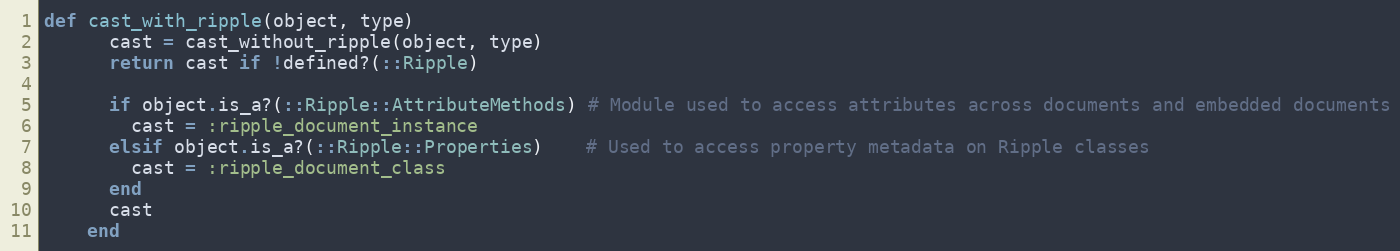
Language: Ruby
def cast_with_ripple(object, type)
      cast = cast_without_ripple(object, type)
      return cast if !defined?(::Ripple)

      if object.is_a?(::Ripple::AttributeMethods) # Module used to access attributes across documents and embedded documents
        cast = :ripple_document_instance
      elsif object.is_a?(::Ripple::Properties)    # Used to access property metadata on Ripple classes
        cast = :ripple_document_class
      end
      cast
    end